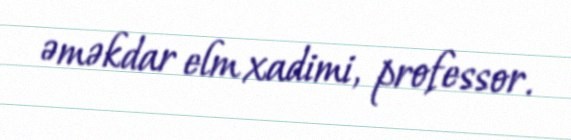
əməkdar elm xadimi, professor.